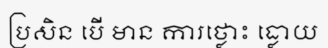
ប្រសិន បើ មាន ការថ្លោះ ធ្លោយ